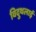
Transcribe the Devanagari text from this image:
विदुथलाई